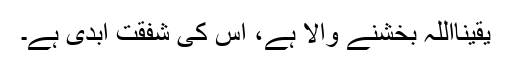
یقیناًاللہ بخشنے والا ہے، اُس کی شفقت ابدی ہے۔